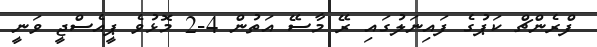
ފްރެންޗް ކަޕުގެ ފައިނަލުގައި ރޭ މާސޭ އަތުން 4-2 މޮޅުވެ ޕީއެސްޖީ ވަނީ